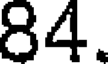
84.